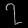
Digit: ၇